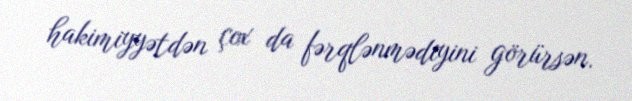
hakimiyyətdən çox da fərqlənmədiyini görürsən.